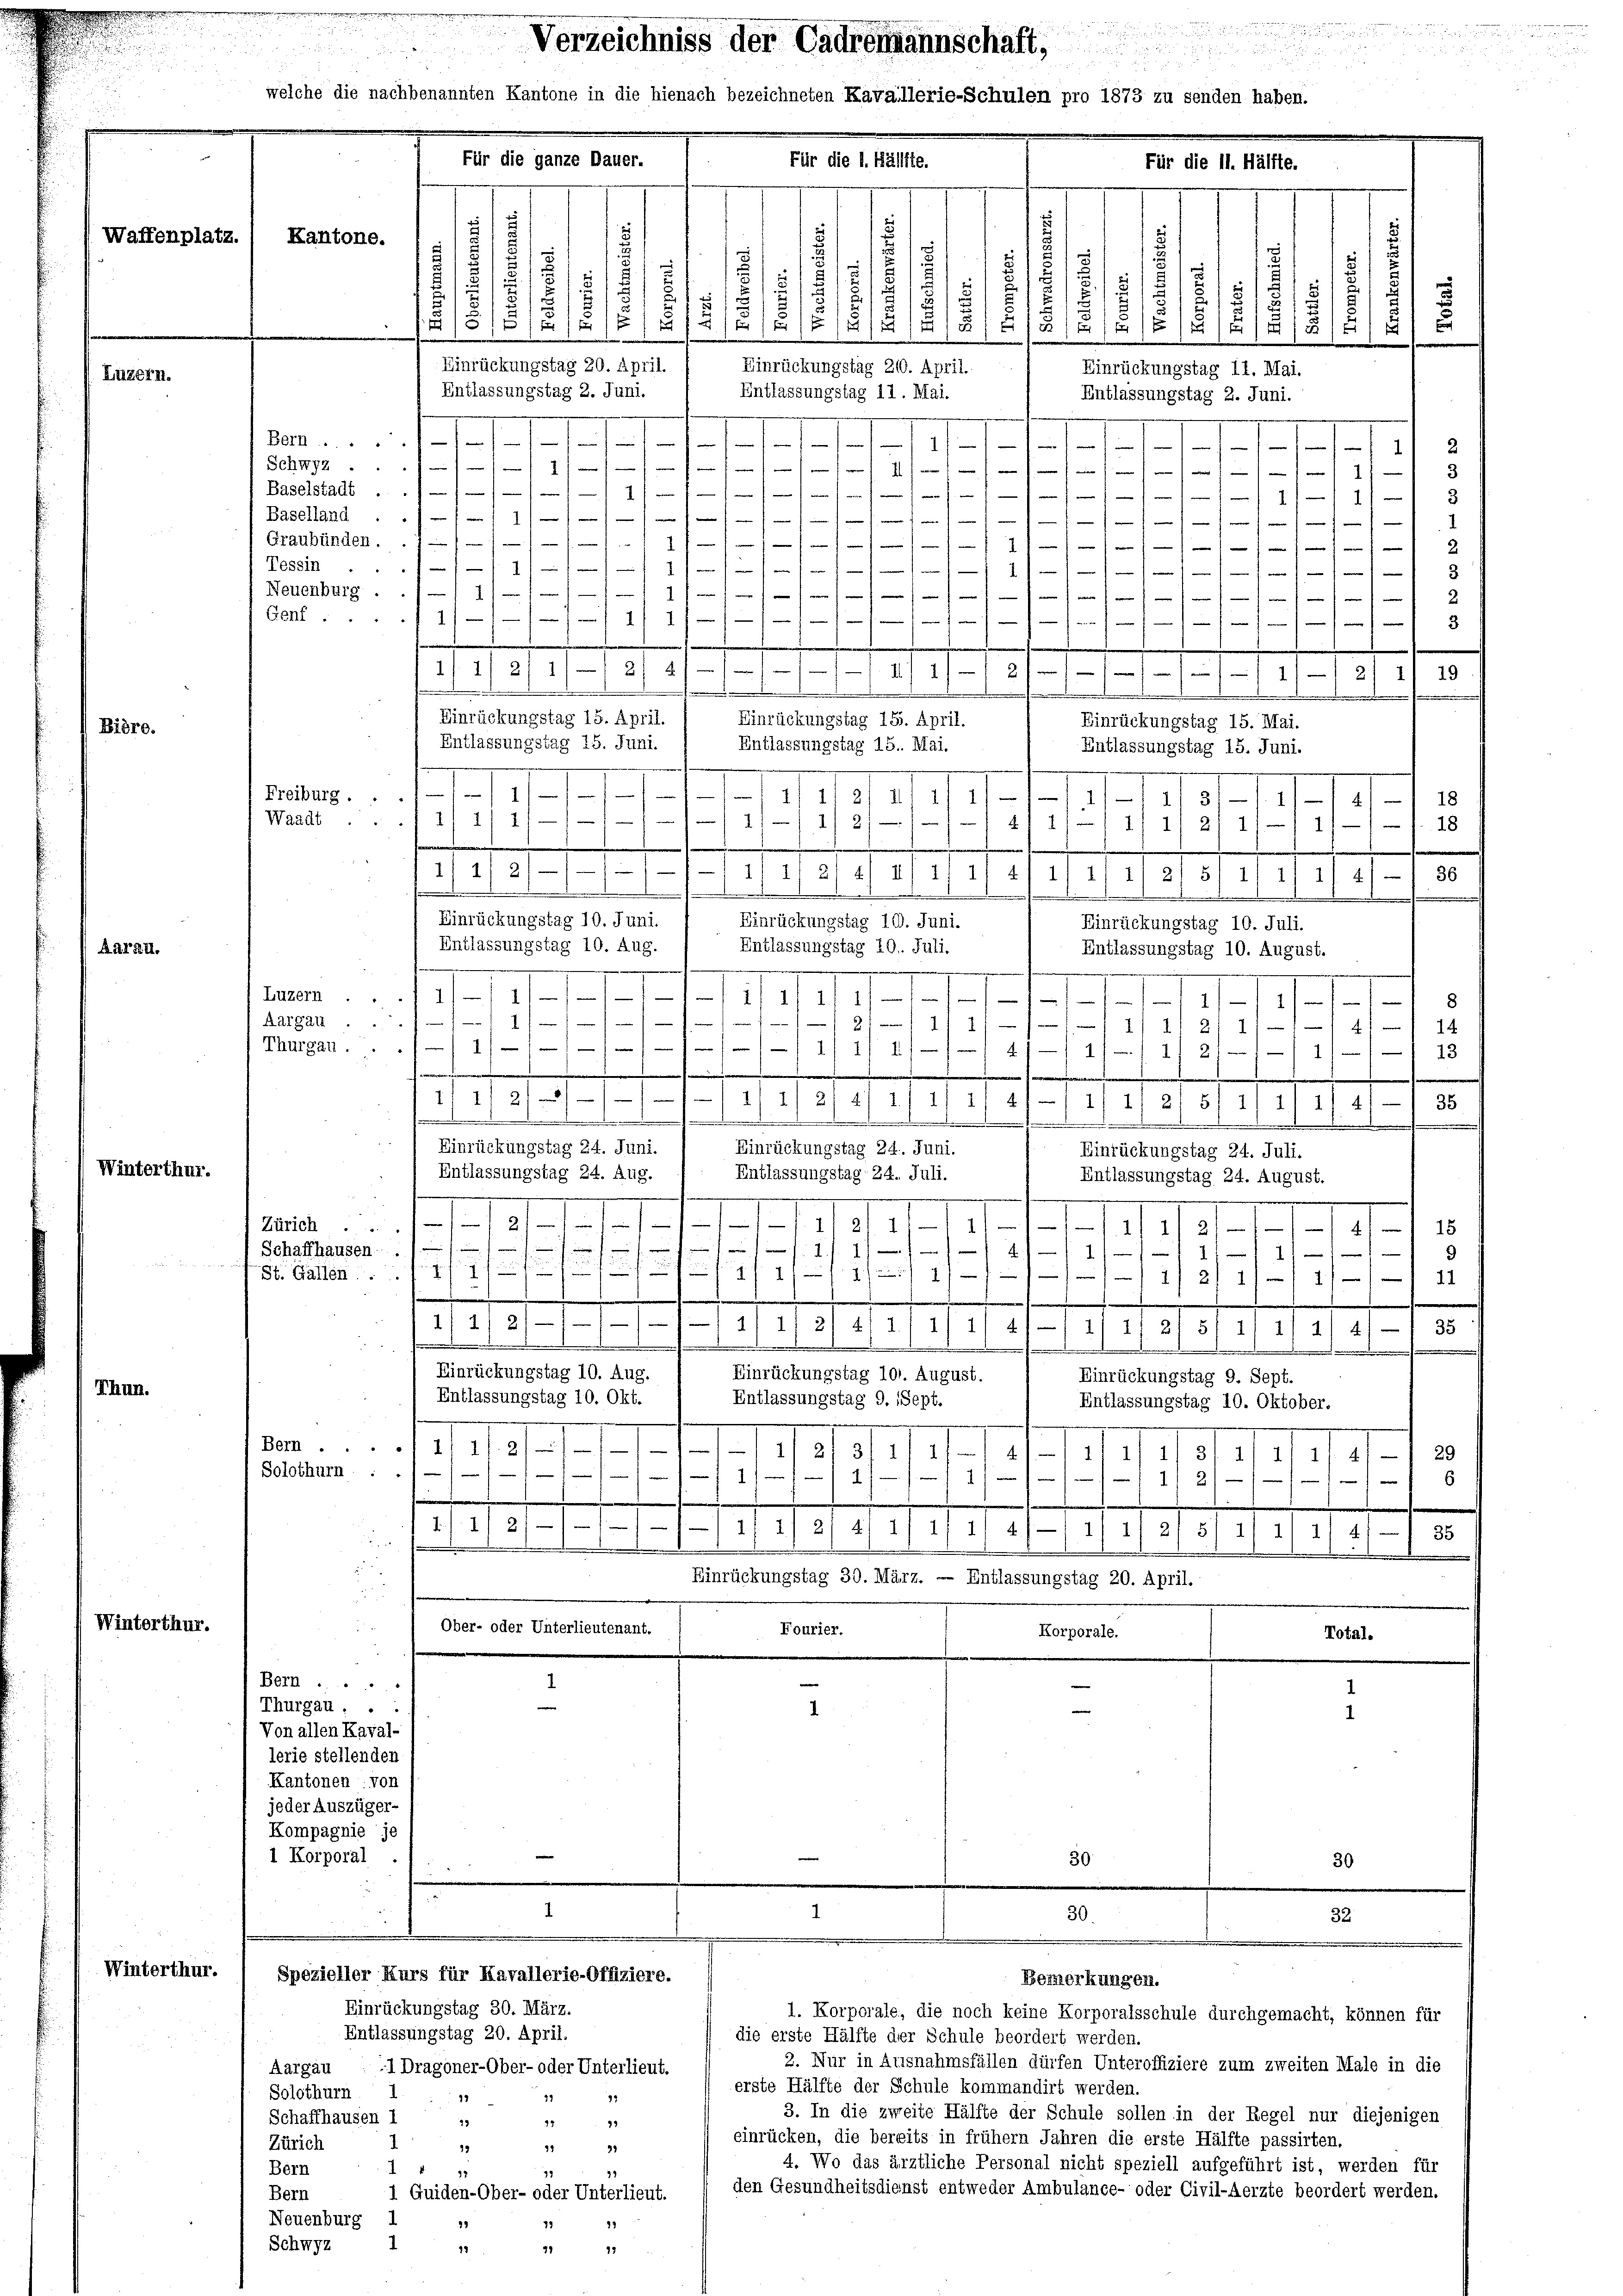
Waffenplatz.
Kantone.

Aarau.

Vinterthur.

Winterthur.

Winterthur.

Bern ....
Schwyz ...
Baselstadt ..
Baselland .
Graubünden . .
Tessin
.
Neuenburg . .
Genf ....

Freiburg.
Waadt.

Thurgau.

Luzern
Aargau

Zürich
 Schaffhausen.
St. Gallen ....

Bern ..
Solothurn

Bern .....
Thurgau,
Von allen Kaval-
lerie stellenden
Kantonen von
jeder Auszüger-
Kompagnie je
1 Korporal.

e
.
i
.

Für die ganze Dauer-

c
¬

Aargau 1 Dragoner-Ober- oder Unterlieut.
Solothurn 1
18
Schaffhausen 1
45
Zürich
13
Bern
Bern
Neuenburg
92
Schwyz
37
17
17

Verzeichniss der Cadreimannschaft,

3

2 f 2
nten Kantone in die hienach bezeichneten Kavallerie-Schulen pro 1873 zu senden haben.
Mag. 1910.
. 101. 11.

.
.
.
1
2
3
8
.
1
e
e
2
)
5
2
5
u
2
2
.
.
E
5

114/2/4 18/G1S1RIG IX 1
/9 1818
1
Einrückungstag 20. April.
Einrückungstag 210. April.
Einrückungstag 11. Mai.
Entlassungstag 2. Juni.
Entlassungstag 11. Mai.

/
Entlassungstag 2. Juni.

s

.
w

2
1f sein sein als man nur von eines ein sein wer
1
f
1
1 auf einen 11/11 1

nun einen einen s. wer
f

1111
1111

.
m
1 f 0 x
1
 f
2
1)
/m 1 1/1 11
3
e
-
.
2) 4)
1 1/2/ 1
2111 21 2) 19
h
e
.
Einrückungstag 15. April.
Einrückungstag 15. April.
Einrückungstag 15. Mai.
Entlassungstag 15. Juni.
Entlassungstag 15. Mai.
Entlassungstag 15. Juni.
1
.
1st
11/1
18
1/1 1/3
9
2
22
1/11/1/211
4
/11 1
18
11
2)
11/11/11 14/11 2/4 11 44/4/III) III 317/7
36
4)
1

.
Einrückungstag 10. Juni.
Einrückungstag 10. Juni.
Entlassungstag 10. Aug.
Entlassungstag 10. Juli.
.
—
1
.
1/11 1/1
a
8

211/ 1
)
/11 11 2
1
14
4
1
4f x 4
2 f 0 x
13
.
1
i
.
.
1) 11 2/5/1
s
1/23. Mai 194IIII
35

.
kommen
m
.
Einrückungstag 24. Juni.
Einrückungstag 24. Juni.
Einrückungstag 24. Juli.
Entlassungstag 24. Aug.
Entlassungstag 24. Juli.
Entlassungstag 24. August.

1/21 11
1111. Ja auf Art. 18
1
e
s

1
d
1
9
1
ngefung ist ein
.
.
14/11/12111 379 Mai 191517/4 4/4/-18
e

Einrückungstag 10. Aug.
Einrückungstag 101. August.
Einrückungstag 9. Sept.
Entlassungstag 10. Okt.
Entlassungstag 9. Sept.
Entlassungstag 10. Oktober.
1
4
1/2
.
4
1
3
29
2
1/11 1
4f
-
 wenn
1 1/
1
4
e
1) 2)
e
e
6
e
.
A. 1. II 211 f 21 21 21 2) 17 1/2 11/2/ 2/5/ 2f 21 21 21
35
.
r
.
Einrückungstag 30. März. — Entlassungstag 20. April.
Ober- oder Unterlieutenant.
Fourier.
Korporale.
Total-

Spezieller Kurs für Kavallerie-Offiziere.
Einrückungstag 30. März.
Entlassungstag 20. April.

15
19
94
23
19
1 Guiden-Ober- oder Unterlieut.

19
17

Einrückungstag 10. Juli.
Entlassungstag 10. August.

1. Korporale, die noch keine Korporalsschule durchgemacht, können für
die erste Hälfte der Schule beordert werden.
2. Nur in Ausnahmsfällen dürfen Unteroffiziere zum zweiten Male in die
erste Hälfte der Schule kommandirt werden.
3. In die zweite Hälfte der Schule sollen in der Regel nur diejenigen
einrücken, die bereits in frühem Jahren die erste Hälfte passirten.
4. Wo das ärztliche Personal nicht speziell aufgeführt ist, werden für
den Gesundheitsdienst entweder Ambulance- oder Civil-Aerzte beordert werden.

Bemerkungen.